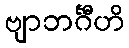
ဗျာဘင်္ဂီဟိ